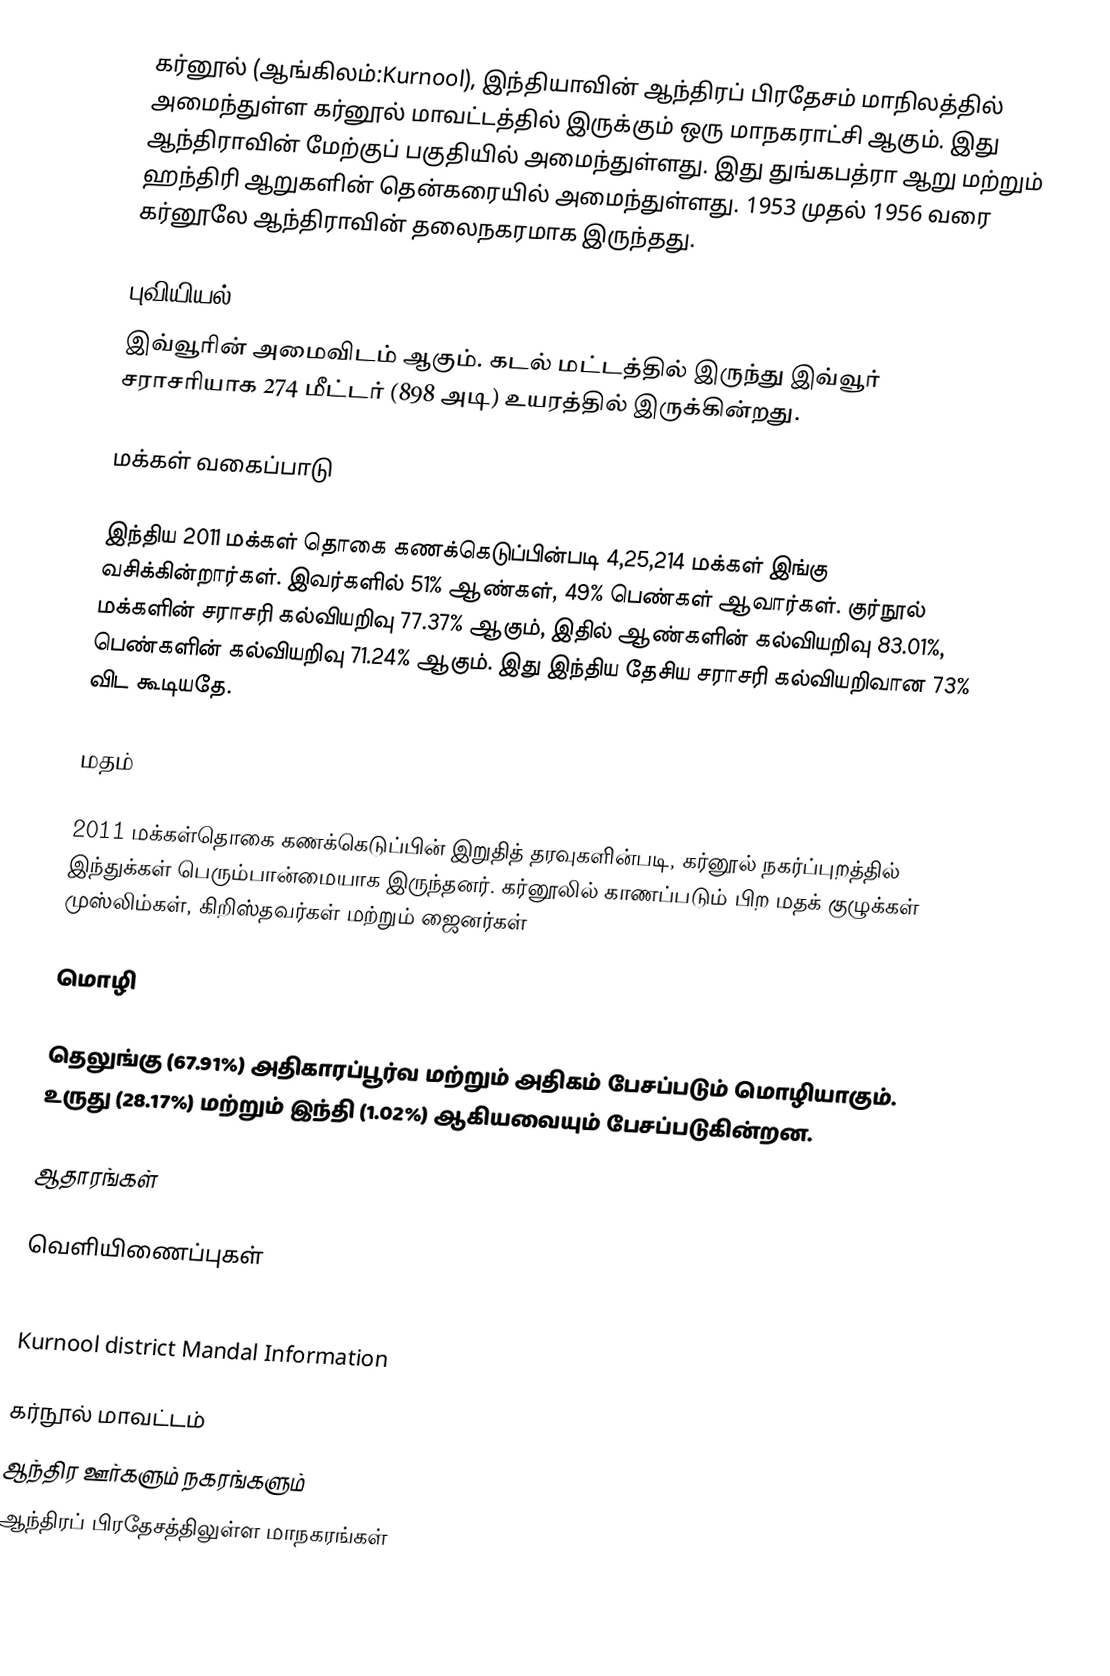
கர்னூல் (ஆங்கிலம்:Kurnool), இந்தியாவின் ஆந்திரப் பிரதேசம் மாநிலத்தில் அமைந்துள்ள கர்னூல் மாவட்டத்தில் இருக்கும் ஒரு மாநகராட்சி ஆகும். இது ஆந்திராவின் மேற்குப் பகுதியில் அமைந்துள்ளது. இது துங்கபத்ரா ஆறு மற்றும் ஹந்திரி ஆறுகளின் தென்கரையில் அமைந்துள்ளது. 1953 முதல் 1956 வரை கர்னூலே ஆந்திராவின் தலைநகரமாக இருந்தது.

புவியியல்
இவ்வூரின் அமைவிடம்  ஆகும். கடல் மட்டத்தில் இருந்து இவ்வூர் சராசரியாக 274 மீட்டர் (898 அடி) உயரத்தில் இருக்கின்றது.

மக்கள் வகைப்பாடு

இந்திய 2011 மக்கள் தொகை கணக்கெடுப்பின்படி 4,25,214 மக்கள் இங்கு வசிக்கின்றார்கள். இவர்களில் 51% ஆண்கள், 49% பெண்கள் ஆவார்கள். குர்நூல் மக்களின் சராசரி கல்வியறிவு  77.37% ஆகும்,  இதில் ஆண்களின் கல்வியறிவு 83.01%,  பெண்களின் கல்வியறிவு 71.24% ஆகும். இது இந்திய தேசிய சராசரி கல்வியறிவான 73% விட கூடியதே.

மதம்

2011 மக்கள்தொகை கணக்கெடுப்பின் இறுதித் தரவுகளின்படி, கர்னூல் நகர்ப்புறத்தில் இந்துக்கள் பெரும்பான்மையாக இருந்தனர். கர்னூலில் காணப்படும் பிற மதக் குழுக்கள் முஸ்லிம்கள், கிறிஸ்தவர்கள் மற்றும் ஜைனர்கள்

மொழி

தெலுங்கு (67.91%) அதிகாரப்பூர்வ மற்றும் அதிகம் பேசப்படும் மொழியாகும். உருது (28.17%) மற்றும் இந்தி (1.02%) ஆகியவையும் பேசப்படுகின்றன.

ஆதாரங்கள்

வெளியிணைப்புகள்

 Kurnool district Mandal Information

கர்நூல் மாவட்டம்
ஆந்திர ஊர்களும் நகரங்களும்
ஆந்திரப் பிரதேசத்திலுள்ள மாநகரங்கள்